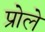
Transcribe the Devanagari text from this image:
प्रोले